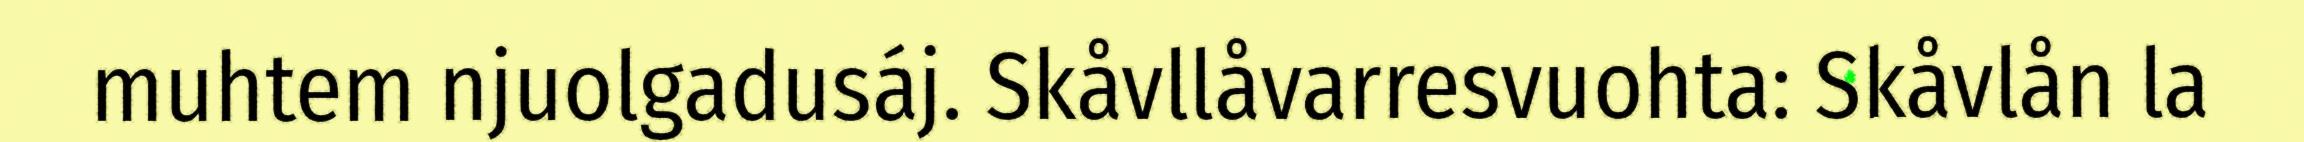
muhtem njuolgadusáj. Skåvllåvarresvuohta: Skåvlån la